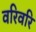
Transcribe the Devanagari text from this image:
वरिवरि